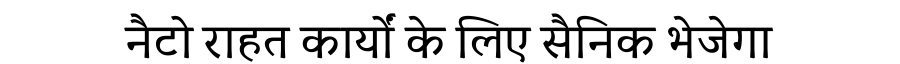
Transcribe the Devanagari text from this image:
नैटो राहत कार्यों के लिए सैनिक भेजेगा